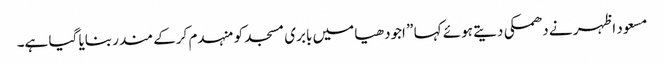
مسعود اظہر نے دھمکی دیتے ہوئے کہا ” اجودھیا میں بابری مسجد کو منہدم کرکے مندر بنایا گیا ہے۔